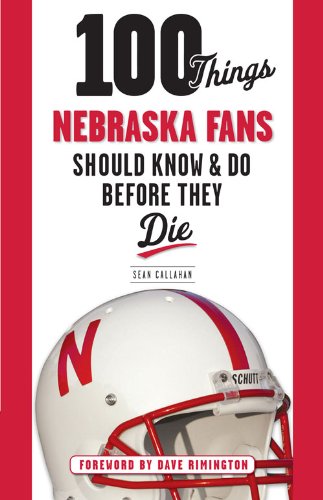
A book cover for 100 Things Nebraska Fans Should Know & Do Before They Die (100 Things...Fans Should Know); Sean Callahan; Travel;